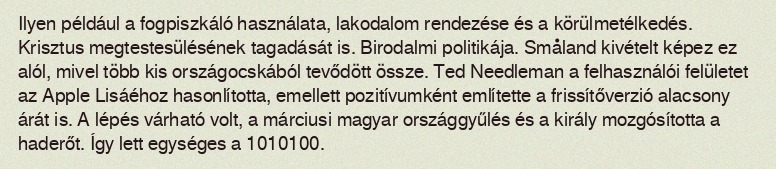
Ilyen például a fogpiszkáló használata, lakodalom rendezése és a körülmetélkedés. Krisztus megtestesülésének tagadását is. Birodalmi politikája. Småland kivételt képez ez alól, mivel több kis országocskából tevődött össze. Ted Needleman a felhasználói felületet az Apple Lisáéhoz hasonlította, emellett pozitívumként említette a frissítőverzió alacsony árát is. A lépés várható volt, a márciusi magyar országgyűlés és a király mozgósította a haderőt. Így lett egységes a 1010100.